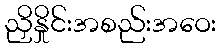
ညှိနှိုင်းအစည်းအဝေး